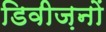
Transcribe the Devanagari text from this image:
डिवीज़नों